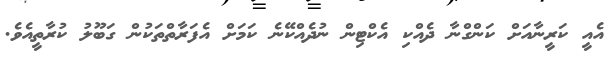
އެއީ ކަރީނާއަށް ކަންގްނާ ދެއްކި އެކްޓިން ނުދެއްކޭނެ ކަމަށް އެފަރާތްތަކުން ގަބޫލު ކުރާތީއެވެ.